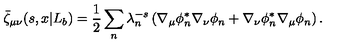
\bar { \zeta } _ { \mu \nu } ( s , x | L _ { b } ) = { \frac { 1 } { 2 } } \sum _ { n } \lambda _ { n } ^ { - s } \left( \nabla _ { \mu } \phi _ { n } ^ { * } \nabla _ { \nu } \phi _ { n } + \nabla _ { \nu } \phi _ { n } ^ { * } \nabla _ { \mu } \phi _ { n } \right) .